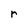
Character: r